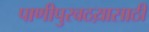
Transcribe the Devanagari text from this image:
पाणीपुरवठय़ासाठी